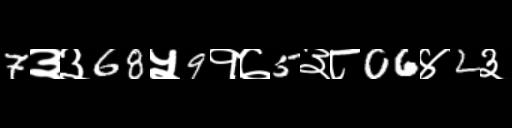
Text: 7३३68५9१७5३८06४2३